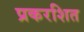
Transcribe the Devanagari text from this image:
प्रकरशित